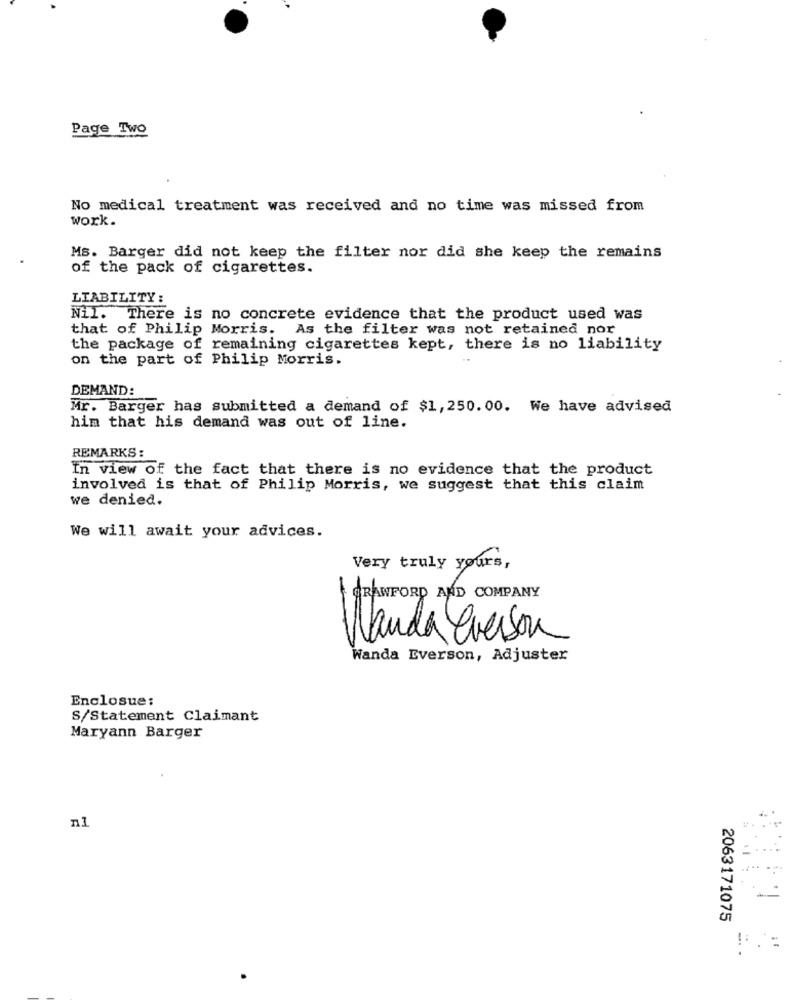
Page Two
No medical treatment was received and no time was missed from
work.
Ms. Barger did not keep the filter nor did she keep the remains
of the pack of cigarettes.
LIABILITY :
Nil. There is no concrete evidence that the product used was
that of Philip Morris. As the filter was not retained nor
the package of remaining cigarettes kept, there is no liability
on the part of Philip Morris.
DEMAND:
Mr. Barger has submitted a demand of $1, 250.00. We have advised
him that his demand was out of line.
REMARKS :
In view of the fact that there is no evidence that the product
involved is that of Philip Morris, we suggest that this claim
we denied.
We will await your advices.
Very truly yours ,
CRAWFORD AND COMPANY
Wanda Everson
Wanda Everson, Adjuster
Enclosue:
S/Statement Claimant
Maryann Barger
n1
2063171075
! :
: